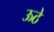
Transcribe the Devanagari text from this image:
ऊठे